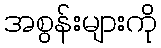
အစွန်းများကို